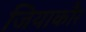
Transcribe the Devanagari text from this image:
जियाकौर